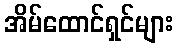
အိမ်ထောင်ရှင်များ